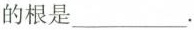
的根是___.